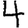
Digit: 4